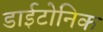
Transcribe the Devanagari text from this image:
डाईटोनिक